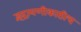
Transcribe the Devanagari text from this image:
इंद्रायणीकाठीच